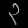
Digit: ၃